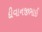
દીવાનજીભાઈ